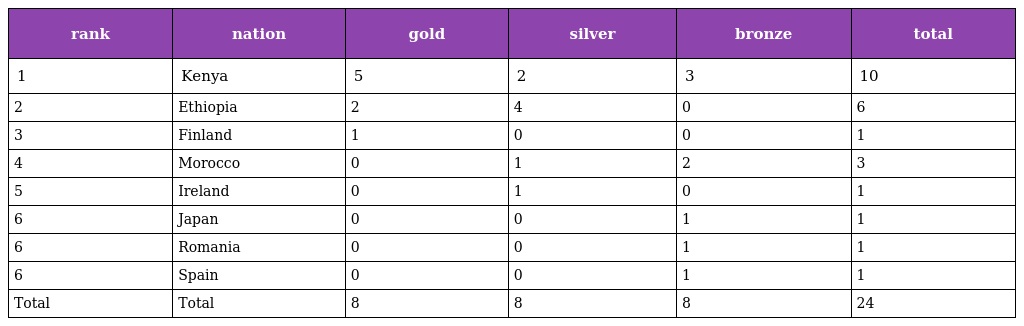
| rank | nation | gold | silver | bronze | total |
 | --- | --- | --- | --- | --- | --- |
 | 1 | Kenya | 5 | 2 | 3 | 10 |
 | 2 | Ethiopia | 2 | 4 | 0 | 6 |
 | 3 | Finland | 1 | 0 | 0 | 1 |
 | 4 | Morocco | 0 | 1 | 2 | 3 |
 | 5 | Ireland | 0 | 1 | 0 | 1 |
 | 6 | Japan | 0 | 0 | 1 | 1 |
 | 6 | Romania | 0 | 0 | 1 | 1 |
 | 6 | Spain | 0 | 0 | 1 | 1 |
 | Total | Total | 8 | 8 | 8 | 24 |